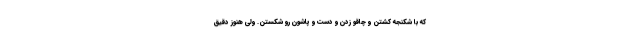
كه با شكنجه كشتن و چاقو زدن و دست و پاشون رو شكستن. ولي هنوز دقيق